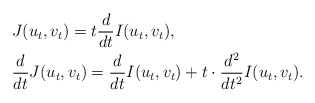
\begin{align*}&J(u_{t},v_{t})=t\frac{d}{dt}I(u_{t},v_{t}),\\&\frac{d}{dt}J(u_{t},v_{t})=\frac{d}{dt}I(u_{t},v_{t})+t\cdot\frac{d^{2}}{dt^{2}}I(u_{t},v_{t}).\end{align*}